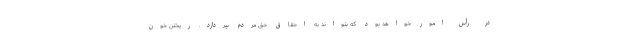
در رأس امور خواهد بود که بتواند به احقاق حق مردم بپردازد. ریختن خون